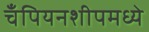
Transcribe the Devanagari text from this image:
चँपियनशीपमध्ये